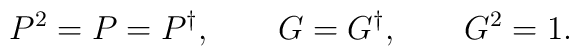
P^2=P=P^\dagger,\qquad G=G^\dagger,\qquad G^2=1.